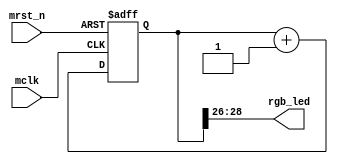
/*
 * My RISC-V RV32I CPU
 *   async fido
 *    Verilog code
 * @auther		Yoshiki Kurokawa <yoshiki.k963@gmail.com>
 * @copylight	2024 Yoshiki Kurokawa
 * @license		https://opensource.org/licenses/MIT     MIT license
 * @version		0.1
 */

module lchika (
	input mclk,
	input mrst_n,
	output [2:0] rgb_led

	);

reg [31:0] cntr;

always @ (posedge mclk or negedge mrst_n) begin
	if (~mrst_n)
		cntr  <= 32'd0;
	else
		cntr  <= cntr + 32'd1;
end

assign rgb_led = cntr[28:26];

endmodule